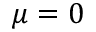
\mu = 0